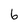
Character: 6